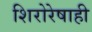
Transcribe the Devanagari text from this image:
शिरोरेषाही